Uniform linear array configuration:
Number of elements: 24
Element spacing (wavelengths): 1
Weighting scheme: blackman
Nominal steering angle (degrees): -30
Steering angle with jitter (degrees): -31.048
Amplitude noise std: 0.05
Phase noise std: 0.05

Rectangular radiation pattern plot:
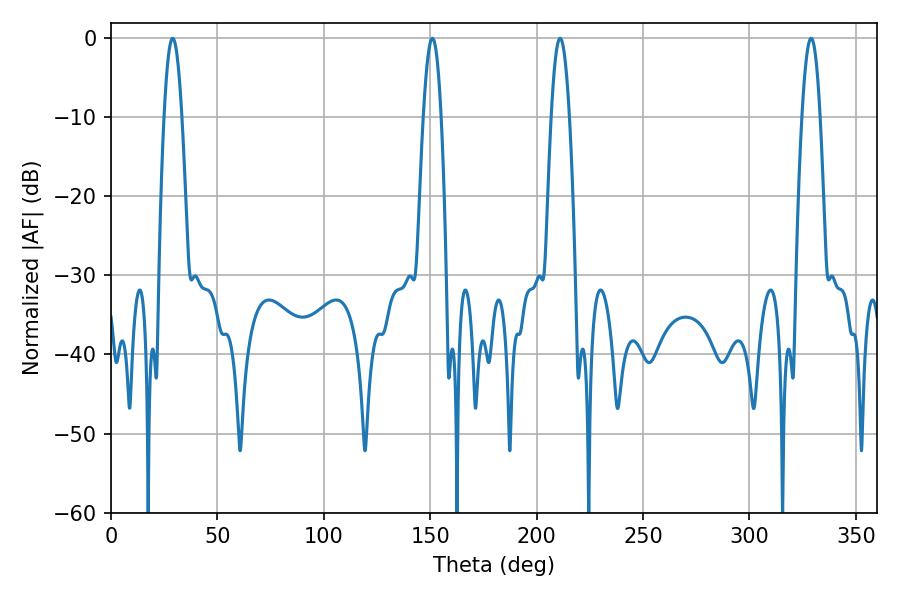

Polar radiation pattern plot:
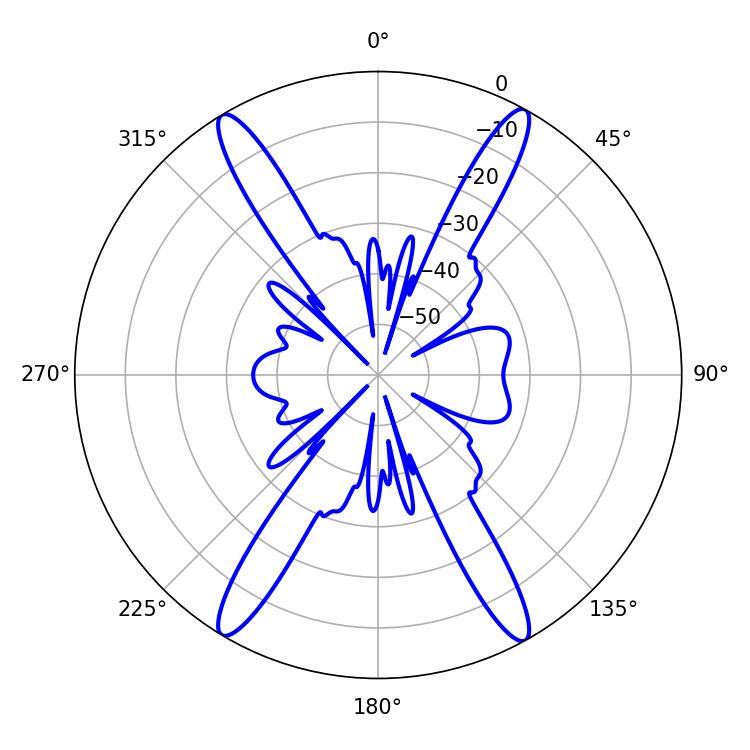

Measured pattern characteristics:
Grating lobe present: TRUE
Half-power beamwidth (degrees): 4.5
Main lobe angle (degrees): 28.98